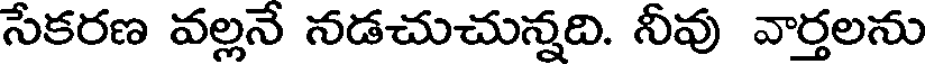
సేకరణ వల్లనే నడచుచున్నది. నీవు వార్తలను